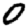
Digit: 0